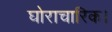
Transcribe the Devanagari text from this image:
घोराचारिक।